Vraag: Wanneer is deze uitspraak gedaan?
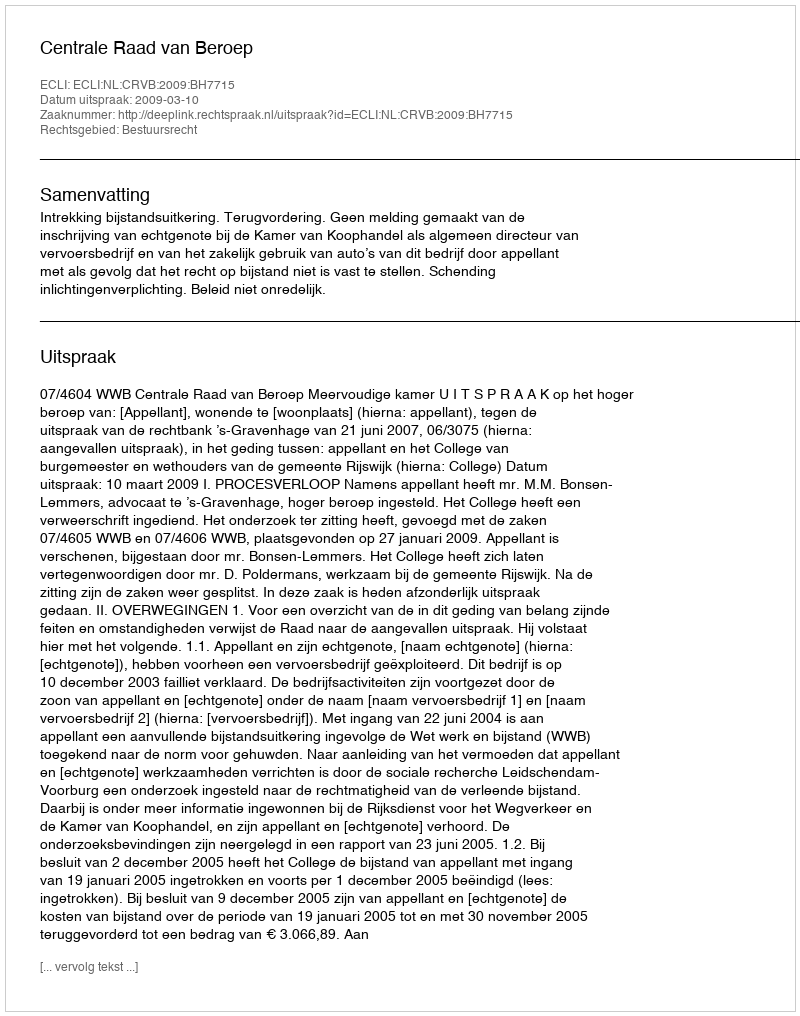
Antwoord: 2009-03-10